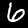
Label: 6